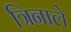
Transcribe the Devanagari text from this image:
त्रिनाले